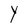
Character: Y